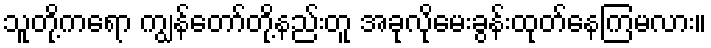
သူတို့ကရော ကျွန်တော်တို့နည်းတူ အခုလိုမေးခွန်းထုတ်နေကြမလား။